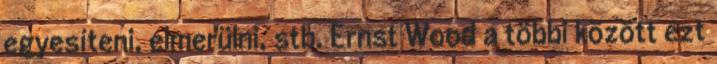
egyesíteni, elmerülni, stb. Ernst Wood a többi között ezt